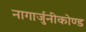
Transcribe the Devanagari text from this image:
नागार्जुनीकोण्ड